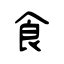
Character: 食